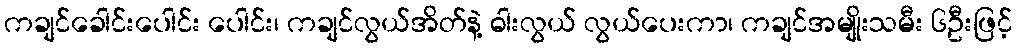
ကချင်ခေါင်းပေါင်း ပေါင်း၊ ကချင်လွယ်အိတ်နဲ့ ဓါးလွယ် လွယ်ပေးကာ၊ ကချင်အမျိုးသမီး ၆ဦးဖြင့်